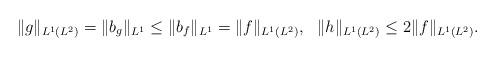
LaTeX: \begin{align*} \|g\|_{L^1(L^2)}=\|b_g\|_{L^1}\leq\|b_f\|_{L^1}=\|f\|_{L^1(L^2)},\,\,\,\,\|h\|_{L^1(L^2)}\leq 2\|f\|_{L^1(L^2)}.\end{align*}